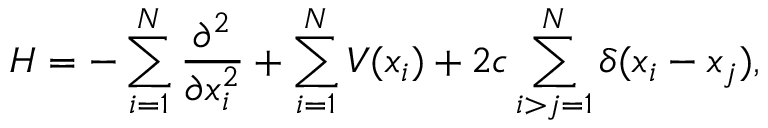
H = - \sum _ { i = 1 } ^ { N } \frac { \partial ^ { 2 } } { \partial x _ { i } ^ { 2 } } + \sum _ { i = 1 } ^ { N } V ( x _ { i } ) + 2 c \sum _ { i > j = 1 } ^ { N } \delta ( x _ { i } - x _ { j } ) ,